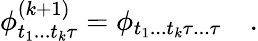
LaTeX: \phi_{t_{1}...t_{k}\tau}^{(k+1)}=\phi_{t_{1}...t_{k}\tau...\tau}\quad.